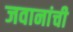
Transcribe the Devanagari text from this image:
जवानांची